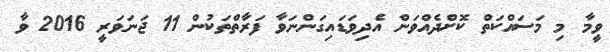
ވީމާ މި މަސައްކަތް ކޮށްދެއްވަން އެދިވަޑައިގަންނަވާ ފަރާތްތަކުން 11 ޖަނަވަރީ 2016 ވާ